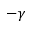
- \gamma